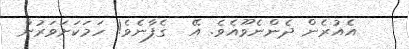
އެއުރެން ދެންނެވޫއެވެ. އޭ  ގެފާނެވެ! ހަމަކަށަވަރުން